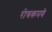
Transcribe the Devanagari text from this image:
रोचकपणे